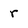
Character: r